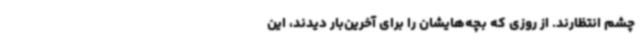
چشم انتظارند. از روزی که بچه‌هایشان را برای آخرین‌بار دیدند، این